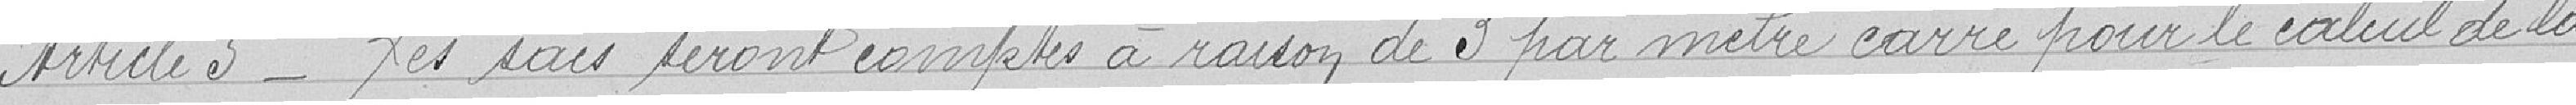
Article 5 - Les sacs seront comptés à raison de 3 par mètre carré pour le calcul de la